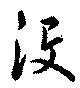
没